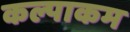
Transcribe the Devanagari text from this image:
कल्पाकम